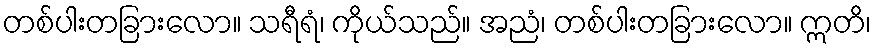
တစ်ပါးတခြားလော။ သရီရံ၊ ကိုယ်သည်။ အညံ၊ တစ်ပါးတခြားလော။ ဣတိ၊